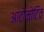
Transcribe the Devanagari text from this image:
आटोमोटिव